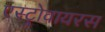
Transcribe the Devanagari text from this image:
एस्ट्रोवायरस